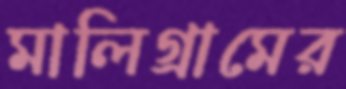
মালিগ্রামের